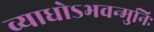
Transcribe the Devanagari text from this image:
व्याधोऽभवन्मुनिः